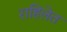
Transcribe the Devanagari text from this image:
राहिलेत